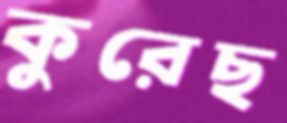
কুরেছ